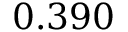
0 . 3 9 0